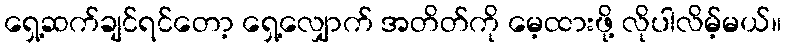
ရှေ့ဆက်ချင်ရင်တော့ ရှေ့လျှောက် အတိတ်ကို မေ့ထားဖို့ လိုပါလိမ့်မယ်။